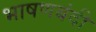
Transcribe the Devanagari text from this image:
भाषणबंदी